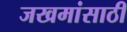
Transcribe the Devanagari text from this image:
जखमांसाठी